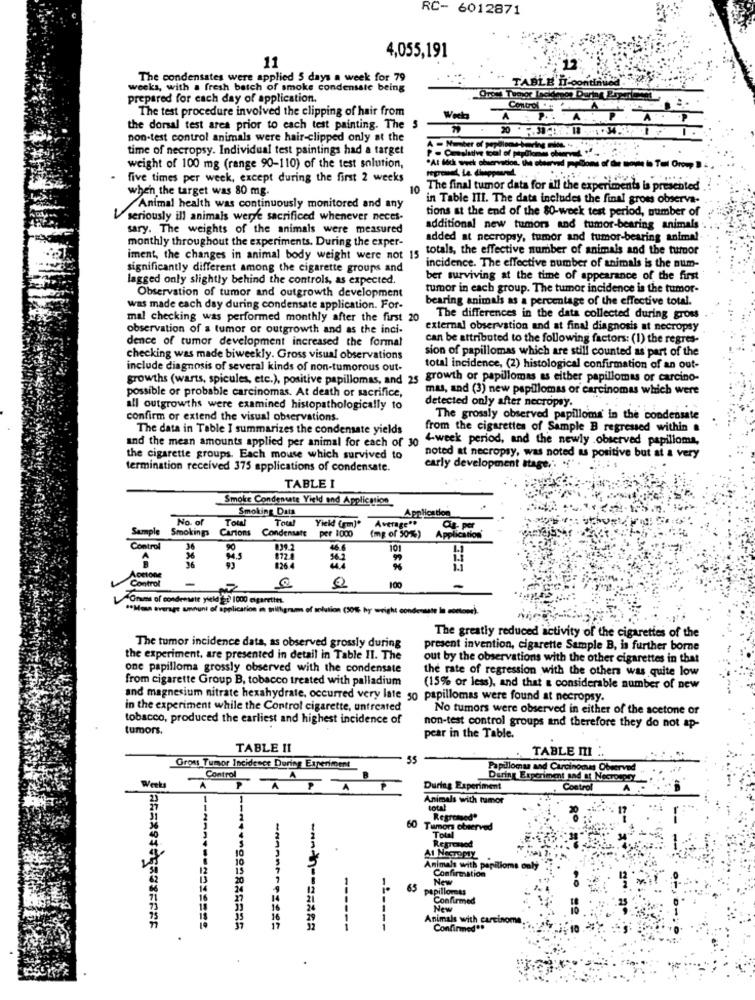
RC- 6012871
11
4,055,191
The condensates were applied 5 days a week for 79
TABLE II-contiAlled
weeks, with a fresh batch of smoke condensate being
prepared for each day of application.
The test procedure involved the clipping of hair from
Control .
Week
A. P. A.
the dorsal test area prior to each test painting. The
non-test control animals were hair-clipped only at the
time of necropsy. Individual test paintings had a target
"At doch weck observed
weight of 100 mg (range 90-110) of the test solution,
Tall Orowy
five times per week, except during the first 2 weeks
when the target was 80 mg.
10
The final tumor data for ill the experiments is presented
in Table III. The data includes the final groes observa-
Animal health was continuously monitored and any
tions at the end of the 80-week test period, number of
seriously ill animals were sacrificed whenever neces-
sary. The weights of the animals were measured
additional new tumors and tumor-bearing animals
added at necropsy, tumor and tumor-bearing animal
monthly throughout the experiments. During the exper-
totals, the effective number of animals and the tumor
iment, the changes in animal body weight were not 15
significantly different among the cigarette groups and
incidence. The effective number of animals is the num-
lagged only slightly behind the controls, as expected.
ber surviving at the time of appearance of the first
tumor in each group. The tumor incidence is the tumor-
Observation of tumor and outgrowth development
bearing animals as a percentage of the effective total.
was made each day during condensate application. For-
mal checking was performed monthly after the first 20
The differences in the data collected during gross
observation of a tumor or outgrowth and as the inci-
external observation and at final diagnosis at necropsy
dence of tumor development increased the formal
can be attributed to the following factors: (1) the regres-
sion of papillomas which are still counted as part of the
checking was made biweekly. Gross visual observations
include diagnosis of several kinds of non-tumorous out-
total incidence, (2) histological confirmation of an out-
growths (warts, spicules, etc.), positive papillomas, and 25 growth or papillomas as either papillomas or carcino-
mas, and (3) new papillomas of carcinomas which were
possible or probable carcinomas. At death or sacrifice,
detected only after necropsy.
all outgrowths were examined histopathologically to
confirm or extend the visual observations.
The grossly observed papilloma in the condensate
The data in Table I summarizes the condensate yields
from the cigarettes of Sample B regressed within
and the mean amounts applied per animal for each of 30
4-week period, and the newly .observed papilloma,
the cigarette groups. Each mouse which survived to
noted at necropsy, was noted as positive but at a very
termination received 375 applications of condensate.
early development stage ,. "" .
TABLE I
Smoke Condensate Yield and Application
Smoking Data
Application
No. of
Total
Total
Yield (m)*
Average".
Sample Smokings Cartons
Condensate
Cis per
per 1000
(mg of 30%)
Application
Control
36
90
839.2
46.6
10
94.5
962
826 4
333
Acetone
-
Control
0
100
68 8
-
"Omms of condensate yield "at 1000 cigarettes.
"*Mess average amount of application in trilligrams of solution (30% by weight condensate in sottome).
The greatly reduced activity of the cigarettes of the
The tumor incidence data, as observed grossly during
present invention, cigarette Sample B, is further borne
the experiment, are presented in detail in Table II. The
out by the observations with the other cigarettes in that
one papilloma grossly observed with the condensate
the rate of regression with the others was quite low
from cigarette Group B, tobacco treated with palladium
(15% or less), and that a considerable number of new
and magnesium nitrate hexahydrate, occurred very late 50 papillomas were found at necropsy.
in the experiment while the Control cigarette, untreated
No tumors were observed in either of the acetone or
tobacco, produced the earliest and highest incidence of
tumors.
non-test control groups and therefore they do not ap-
pear in the Table.
TABLE 11
TABLE m ..
35
Gross Tumor Incidence During Experiment
Papillomaa and Carcinomas Observed
Control
B
Daring Experiment and af Necro.pry
Weeks
A
P
A
P
During Experiment
Control
Animals with tumor
total
Regressed"
60 Tumors observed
Regressed
AI Necropiz
Animals with papilloms only
Confirmation
New
65
papillomas
Confirmed
New
Animals with carcinome
AREX9366808FFFF
------
----
Confirmed **
-10